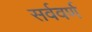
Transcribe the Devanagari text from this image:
सर्ववर्ण